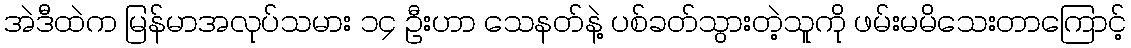
အဲဒီထဲက မြန်မာအလုပ်သမား ၁၄ ဦးဟာ သေနတ်နဲ့ ပစ်ခတ်သွားတဲ့သူကို ဖမ်းမမိသေးတာကြောင့်